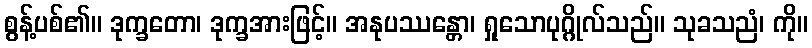
စွန့်ပစ်၏။ ဒုက္ခတော၊ ဒုက္ခအားဖြင့်။ အနုပဿန္တော၊ ရှုသောပုဂ္ဂိုလ်သည်။ သုခသညံ၊ ကို။